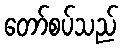
တော်စပ်သည်